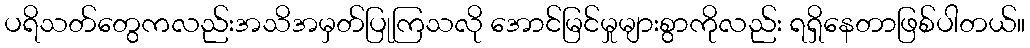
ပရိသတ်တွေကလည်းအသိအမှတ်ပြုကြသလို အောင်မြင်မှုများစွာကိုလည်း ရရှိနေတာဖြစ်ပါတယ်။